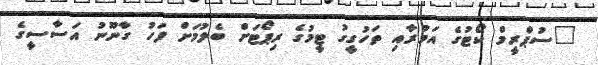
"ސުޕްރީމް ކޯޓުގެ އަމުރާއި ތަހުގީގު ޓީމުގެ ރިޕޯޓަށް ބެލުމަށް ފަހު ގާނޫނު އަސާސީގެ